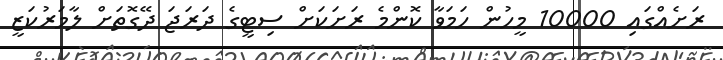
ރަށެއްގައި 10000 މީހުން ހަމަވާ ކޮންމެ ރަށަކަށް ސިޓީގެ ދަރަޖަ ދޭގޮތަށް ލާމަރުކަޒީ